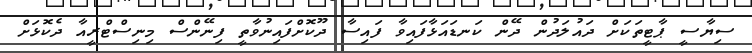
ސިޔާސީ ޕާޓީތަކަށް ދައުލަދުން ދޭން ކަނޑައަޅާފައިވާ ފައިސާ ދޫކޮށްފައިނުވާތީ ފިނޭންސް މިނިސްޓްރީއާ ދެކޮޅަށް